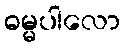
ဓမ္မပါလော